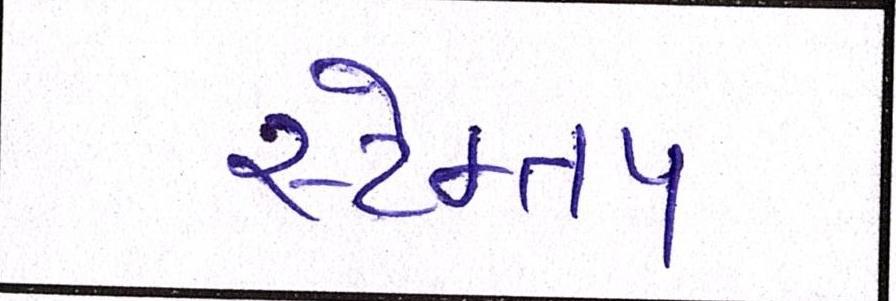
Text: સ્ટેમ્તપ